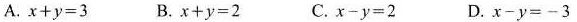
A.$$x + y = 3$$ B.$$x + y = 2$$ C.$$x - y = 2$$ D.$$x - y = - 3$$